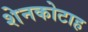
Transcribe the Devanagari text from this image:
शेनकोटाह